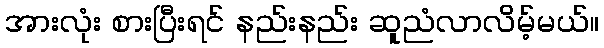
အားလုံး စားပြီးရင် နည်းနည်း ဆူညံလာလိမ့်မယ်။